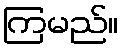
ကြမည်။